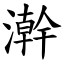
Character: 澣